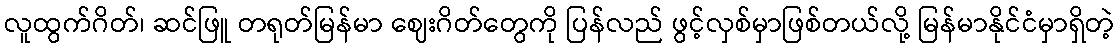
လူထွက်ဂိတ်၊ ဆင်ဖြူ တရုတ်မြန်မာ ဈေးဂိတ်တွေကို ပြန်လည် ဖွင့်လှစ်မှာဖြစ်တယ်လို့ မြန်မာနိုင်ငံမှာရှိတဲ့